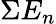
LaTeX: \Sigma E_{n}